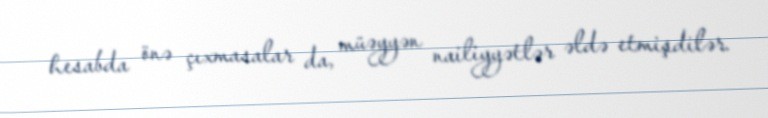
hesabda önə çıxmasalar da, müəyyən nailiyyətlər əldə etmişdilər.